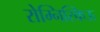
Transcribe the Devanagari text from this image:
रोम्निस्किऊ